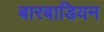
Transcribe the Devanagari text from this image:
बारबाडियन